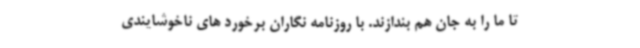
تا ما را به جان هم بندازند. با روزنامه نگاران برخورد های ناخوشایندی